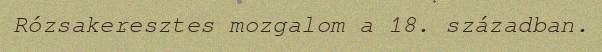
Rózsakeresztes mozgalom a 18. században.